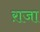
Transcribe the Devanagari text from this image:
ऱाजा